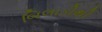
બિલાડીથી